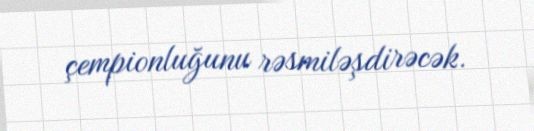
çempionluğunu rəsmiləşdirəcək.